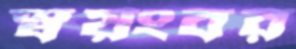
স্বয়ংবর